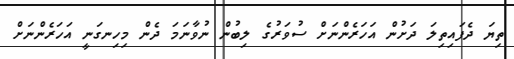
ތިޔަ ދެފައިތިލަ ދަށުން އަހަރެންނަށް ސުވަރުގެ ލިބުން ނުވާނަމަ ދެން މިހިނގަނީ އަހަރެންނަށް